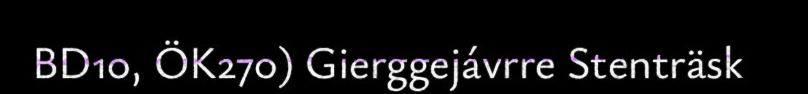
BD10, ÖK270) Gierggejávrre Stenträsk